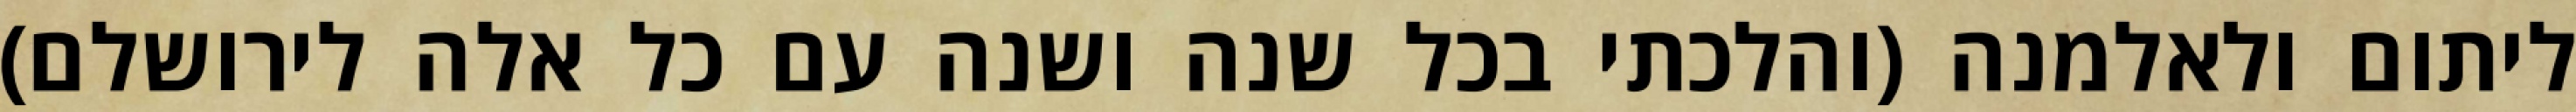
ליתום ולאלמנה (והלכתי בכל שנה ושנה עם כל אלה לירושלם)